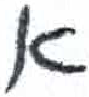
אות: א